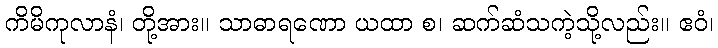
ကိမိကုလာနံ၊ တို့အား။ သာဓာရဏော ယထာ စ၊ ဆက်ဆံသကဲ့သို့လည်း။ ဧဝံ၊